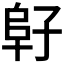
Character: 𱀂